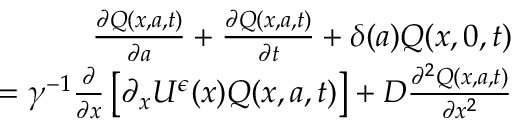
\begin{array} { r l r } & { } & { \frac { \partial Q ( x , a , t ) } { \partial a } + \frac { \partial Q ( x , a , t ) } { \partial t } + \delta ( a ) Q ( x , 0 , t ) } \\ & { } & { \quad = \gamma ^ { - 1 } \frac { \partial } { \partial x } \left[ \partial _ { x } U ^ { \epsilon } ( x ) Q ( x , a , t ) \right] + D \frac { \partial ^ { 2 } Q ( x , a , t ) } { \partial x ^ { 2 } } } \end{array}